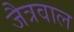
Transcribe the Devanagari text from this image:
जैत्रवाल